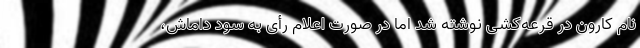
نام کارون در قرعه‌کشی نوشته شد اما در صورت اعلام رأی به سود داماش،